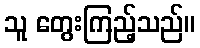
သူ တွေးကြည့်သည်။